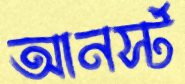
আনর্স্ট